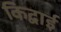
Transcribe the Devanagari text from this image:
किद्वाई